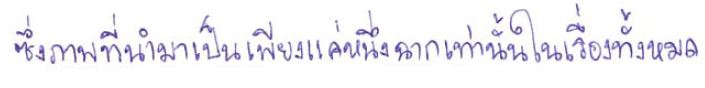
ซึ่งภาพที่นำมาเป็นเพียงแค่หนึ่งฉากเท่านั้นในเรื่องทั้งหมด